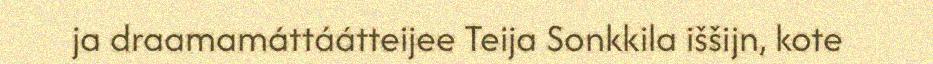
ja draamamáttáátteijee Teija Sonkkila iššijn, kote